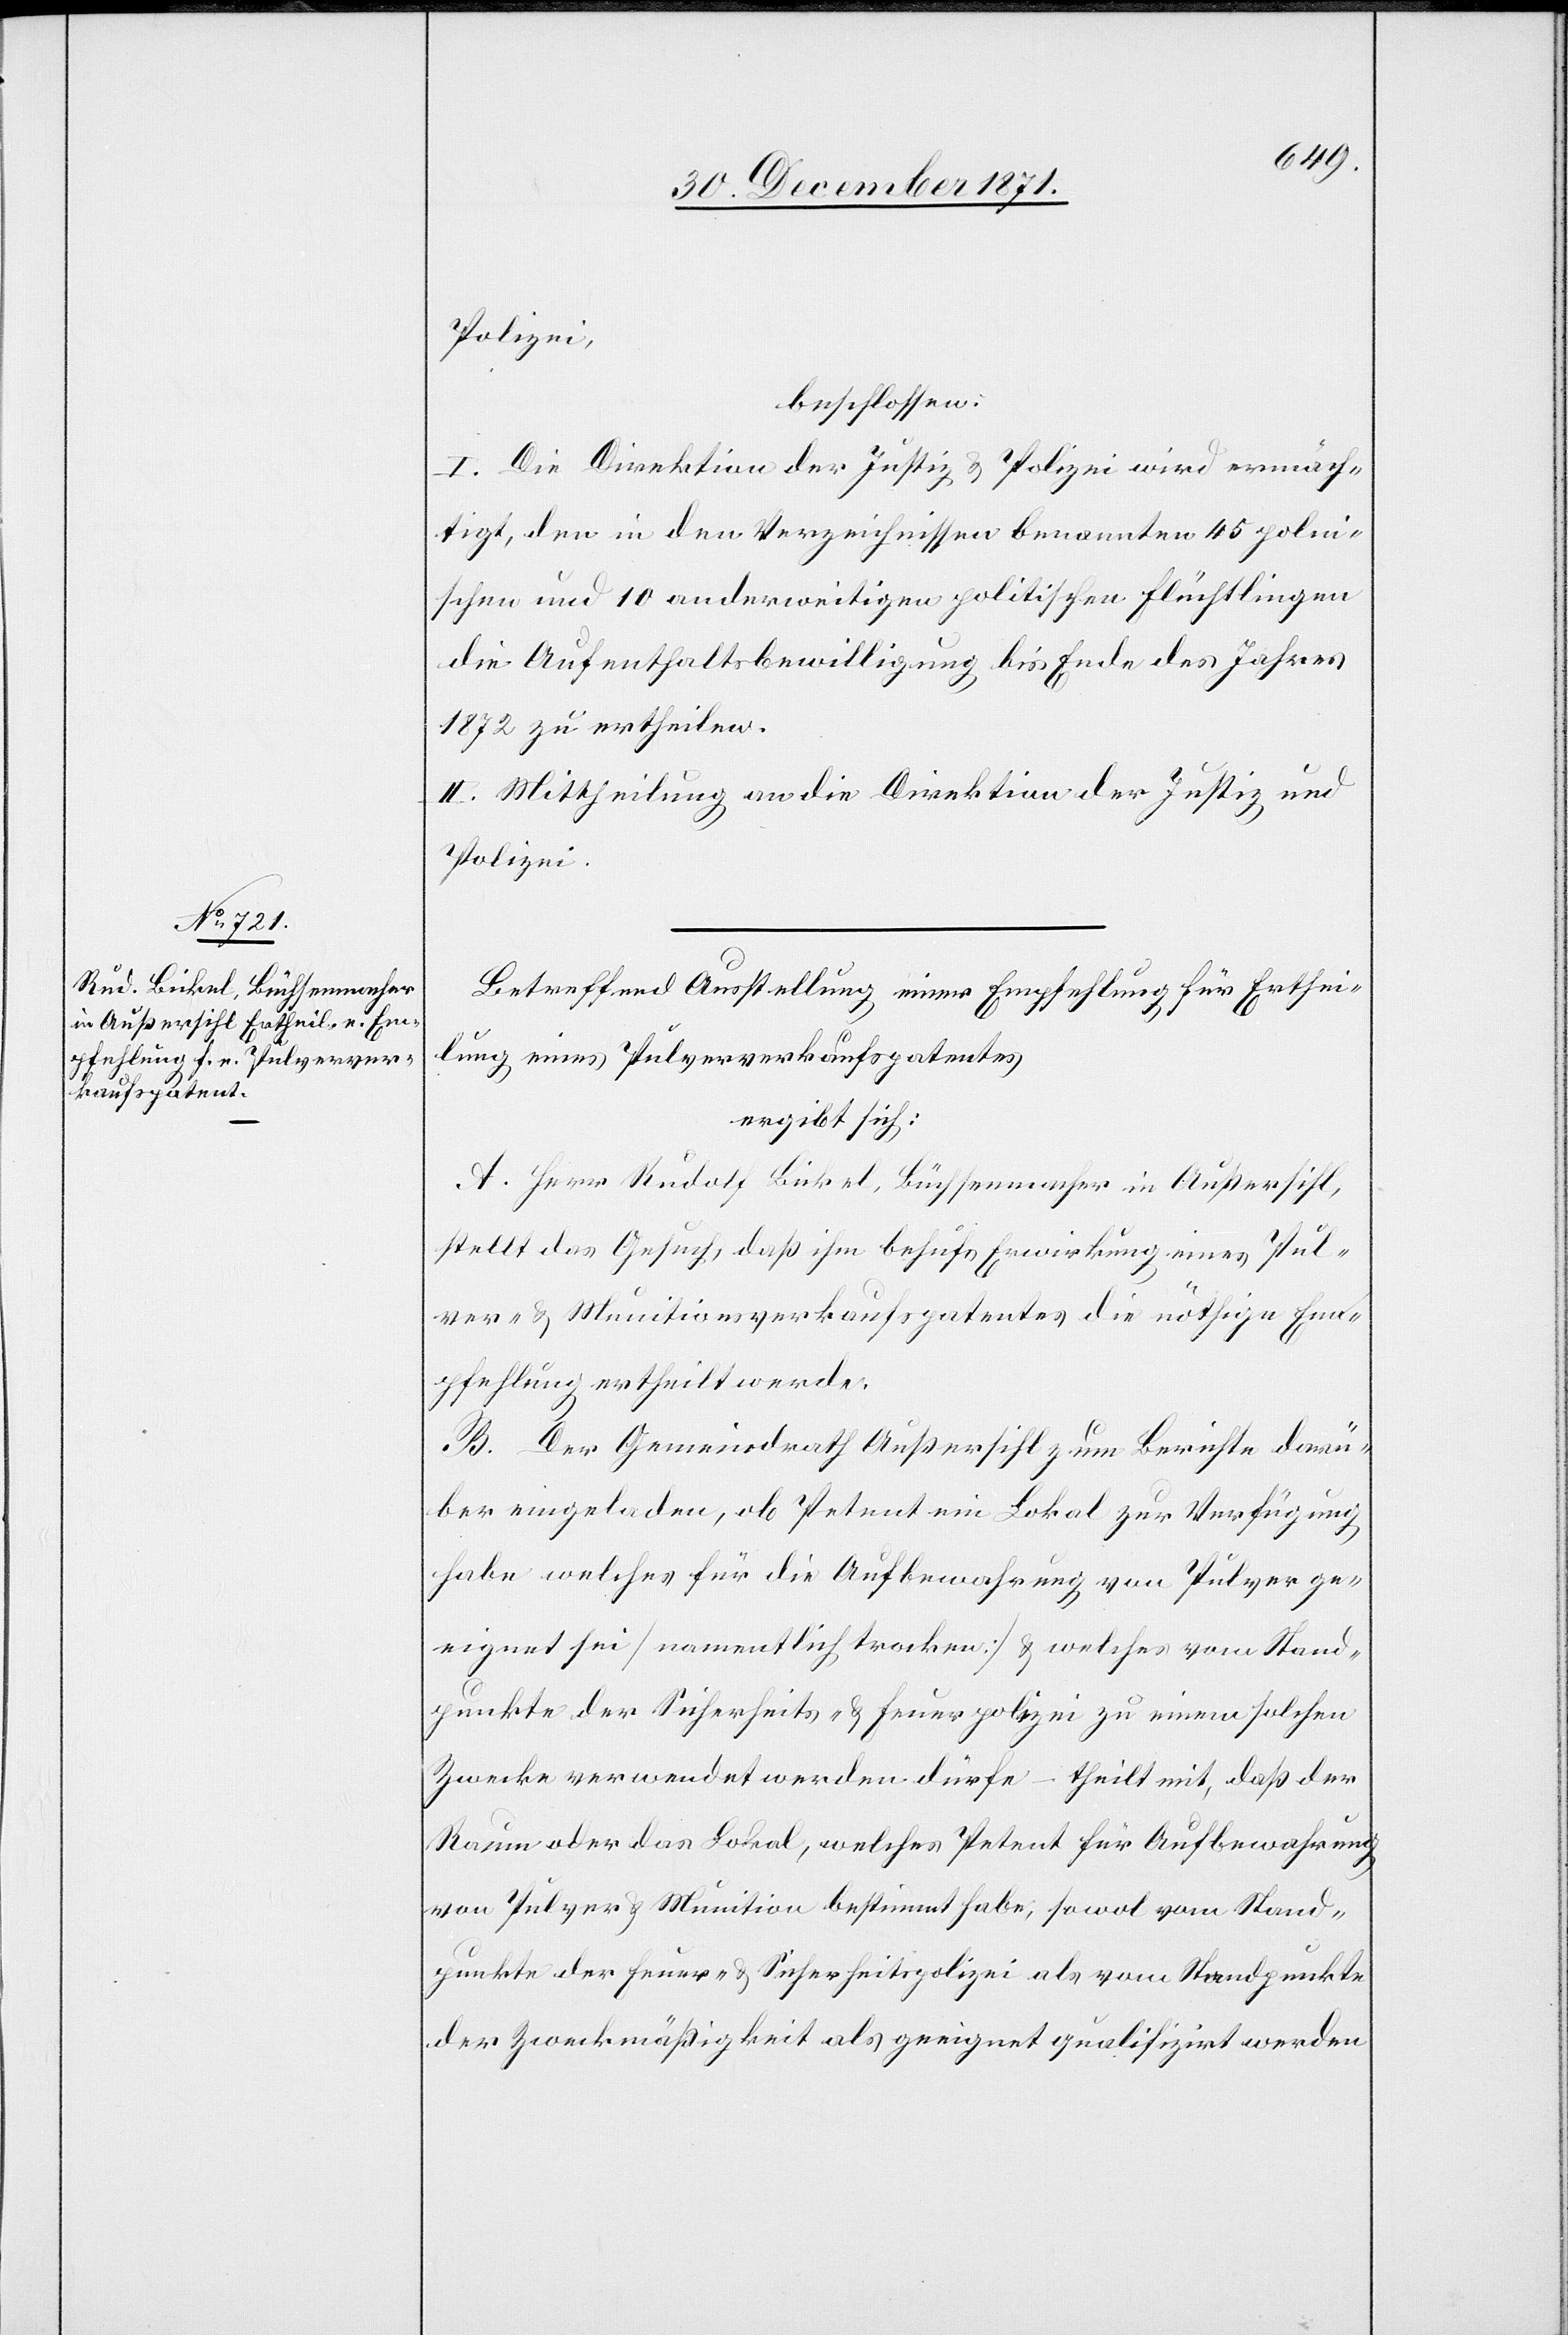
Polizei,
beschlossen:
I. Die Direktion der Justiz & Polizei wird ermäch¬
tigt, den in den Verzeichnissen benannten 45 polni¬
schen und 10 anderweitigen politischen Flüchtlingen
die Aufenthaltsbewilligung bis Ende des Jahres
1872 zu ertheilen.
II. Mittheilung an die Direktion der Justiz und
Polizei.
Betreffend Ausstellung einer Empfehlung für Erthei¬
lung eines Pulververkaufspatentes
ergibt sich:
A. Herr Rudolf Bickel, Büchsenmacher in Außersihl,
stellt das Gesuch, daß ihm behufs Erwirkung eines Pul¬
ver- & Munitionsverkaufspatentes die nöthige Em¬
pfehlung ertheilt werde.
B. Der Gemeindrath Außersihl zum Berichte darü¬
ber eingeladen, ob Petent ein Lokal zur Verfügung
habe welches für die Aufbewahrung von Pulver ge¬
eignet sei [namentlich trocken] & welche vom Stand¬
punkte der Sicherheits- & Feuerpolizei zu einem solchen
Zwecke verwendet werden dürfe – theilt mit, daß der
Raum oder das Lokal, welches Petent für Aufbewahrung
von Pulver & Munition bestimmt habe, sowol vom Stand¬
punkte der Feuer- & Sicherheitspolizei als vom Standpunkte
der Zweckmäßigkeit als geeignet qualifizirt werden